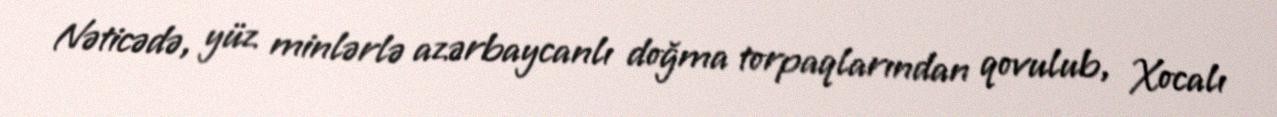
Nəticədə, yüz minlərlə azərbaycanlı doğma torpaqlarından qovulub, Xocalı